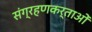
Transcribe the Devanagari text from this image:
संग्रहणकर्ताओं